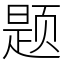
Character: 题